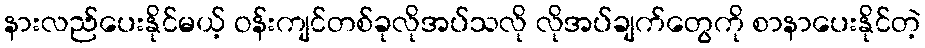
နားလည်ပေးနိုင်မယ့် ဝန်းကျင်တစ်ခုလိုအပ်သလို လိုအပ်ချက်တွေကို စာနာပေးနိုင်တဲ့